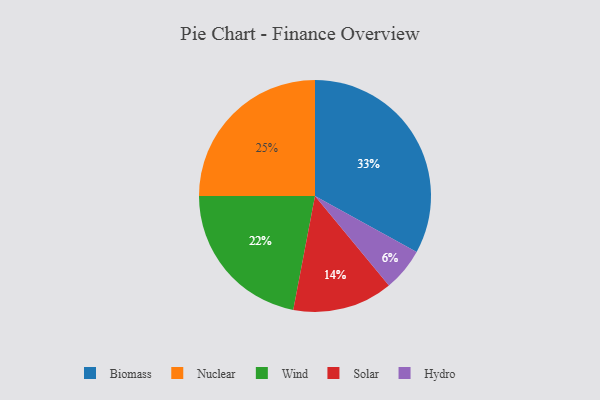
{"axis": {"x": "Category", "y": "Percentage"}, "legend": ["Biomass", "Hydro", "Nuclear", "Solar", "Wind"], "data": [{"x": "Wind", "y": 22, "type": "Wind"}, {"x": "Nuclear", "y": 25, "type": "Nuclear"}, {"x": "Hydro", "y": 6, "type": "Hydro"}, {"x": "Solar", "y": 14, "type": "Solar"}, {"x": "Biomass", "y": 33, "type": "Biomass"}]}